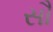
સૌ